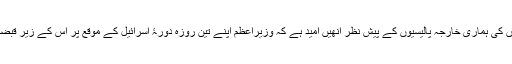
انھوں نے کہا کہ سات دہائیوں کی ہماری خارجہ پالیسیوں کے پیش نظر انھیں اُمید ہے کہ وزیراعظم اپنے تین روزہ دورۂ اسرائیل کے موقع پر اس کے زیر قبضہ علاقوں کا دورہ کریں گے۔